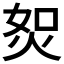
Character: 𤈟